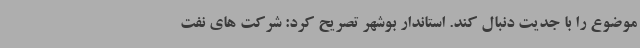
موضوع را با جدیت دنبال کند. استاندار بوشهر تصریح کرد: شرکت های نفت